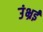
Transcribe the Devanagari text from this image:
उंभ्रई